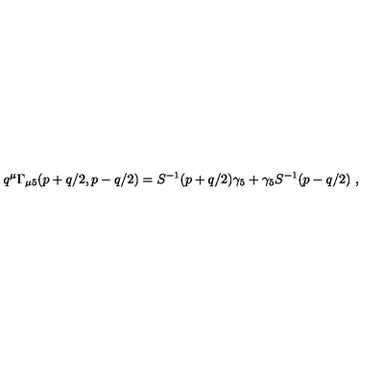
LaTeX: q ^ { \mu } \Gamma _ { \mu 5 } ( p + q / 2 , p - q / 2 ) = S ^ { - 1 } ( p + q / 2 ) \gamma _ { 5 } + \gamma _ { 5 } S ^ { - 1 } ( p - q / 2 ) \ ,